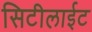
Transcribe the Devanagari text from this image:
सिटीलाईट